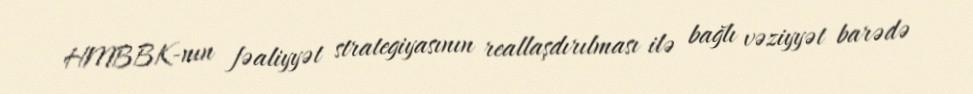
HMBBK-nın fəaliyyət strategiyasının reallaşdırılması ilə bağlı vəziyyət barədə